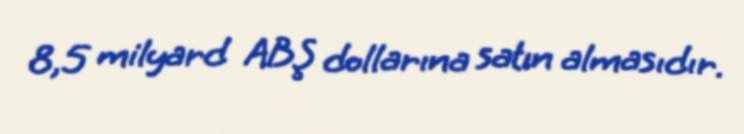
8,5 milyard ABŞ dollarına satın almasıdır.